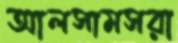
আলসামসরা